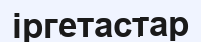
іргетастар